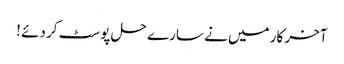
آخر کار میں نے سارے حل پوسٹ کر دئے !